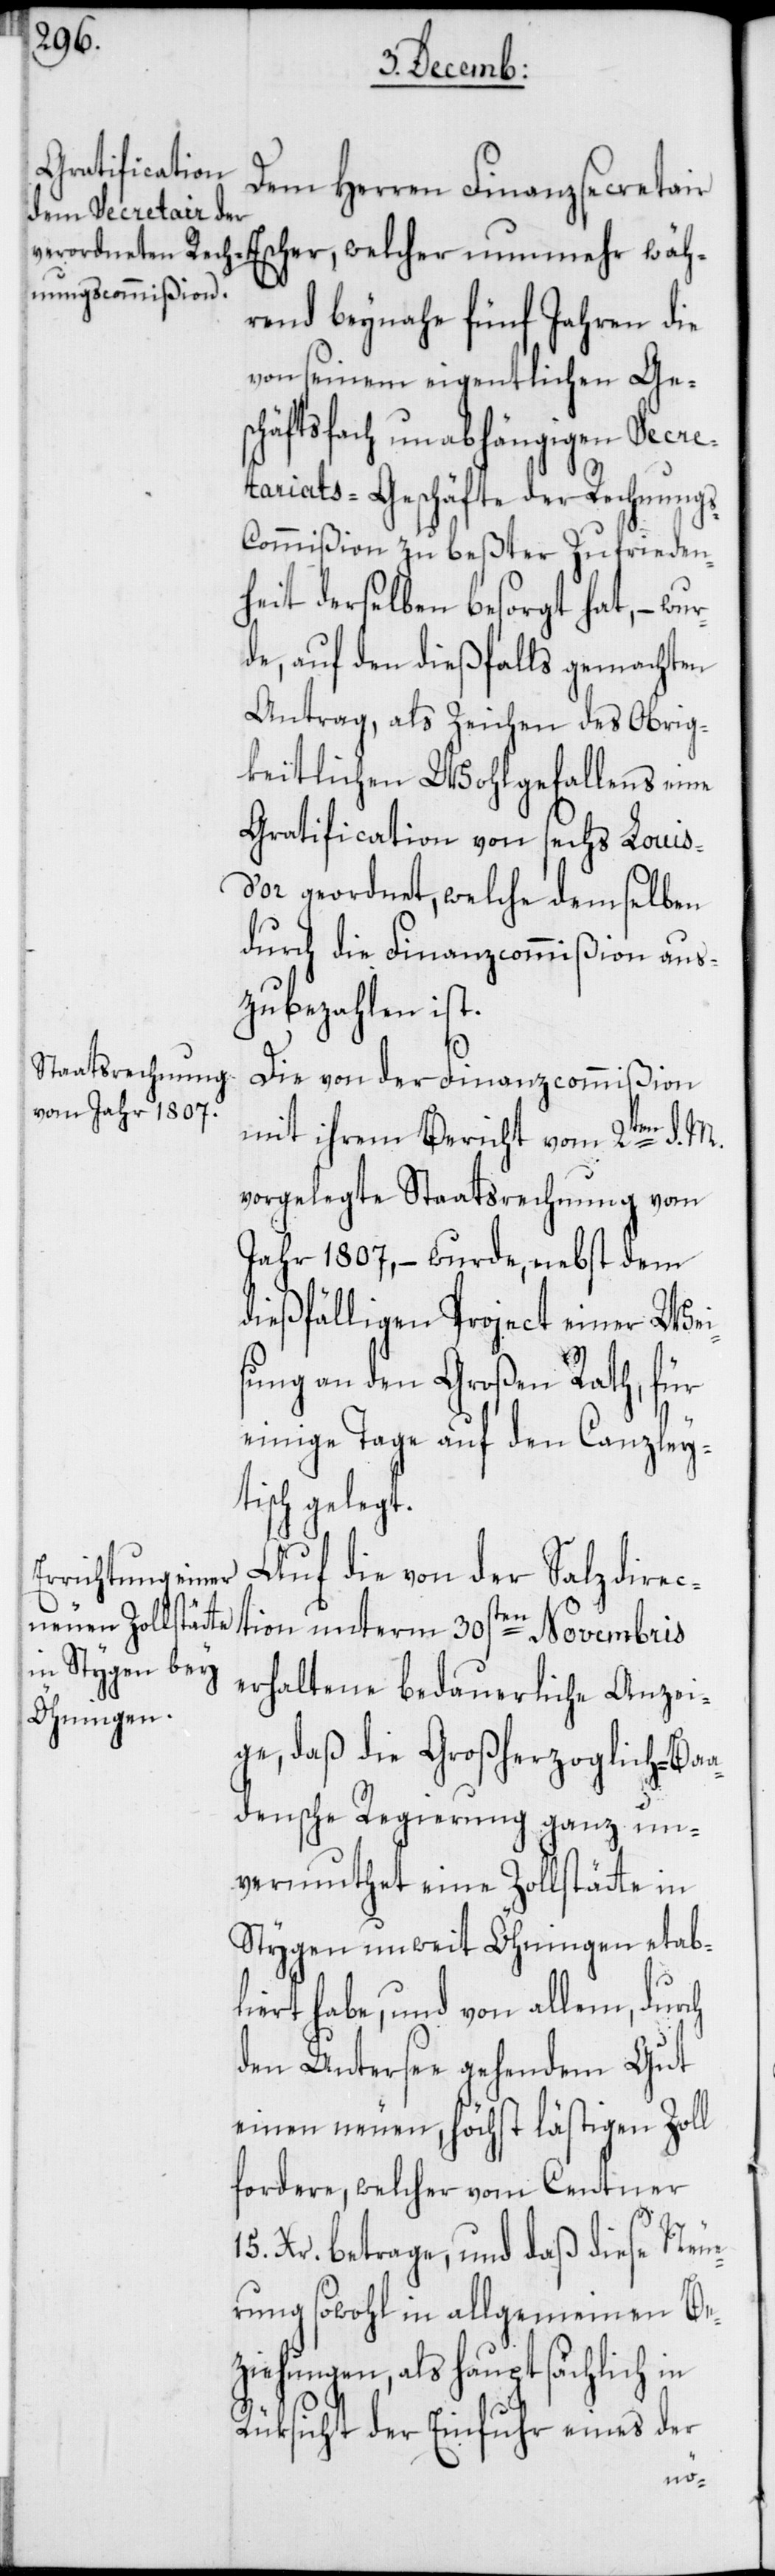
Dem Herren Finanzsecretair
rend beynahe fünf Jahren die
von seinem eigentlichen Ges¬
chäftsfach unabhängigen Secre¬
tariats-Geschäfte der Rechnung¬
s-Commißion zu beßter Zufrieden¬
heit derselben besorgt hat, – wur¬
de, auf den dießfalls gemachten
Antrag, als Zeichen des Obrig¬
keitlichen Wohlgefallens eine
Gratification von sechs Loui¬
r geordnet, welche demselben
durch die Finanzcommißion aus¬
zubezahlen ist.
Die von der Finanzcommißion
mit ihrem Bericht vom 2ten d. M.
vorgelegte Staatsrechnung vom
Jahr 1807, – wurde, nebst dem
dießfälligen Project einer Wei¬
sung an den Großen Rath, für
einige Tage auf den Canzley¬
tisch gelegt.
Auf die von der Salzdirec¬
tion unterm 30sten Novembris
erhaltene bedauerliche Anzei¬
ge, daß die Großherzoglich-Ba¬
adensche Regierung ganz un¬
vermuthet eine Zollstätte in
Stygen unweit Öhningen etab¬
liert habe, und von allem, durch
den Untersee gehendem Gut
einen neuen, höchst lästigen Zoll
fordere, welcher vom Centner
15. Xr. betrage, und daß diese Neue¬
rung sowohl in allgemeinen Be¬
ziehungen, als hauptsächlich in
Rüksicht der Einfuhr eines der
s-d’o¬